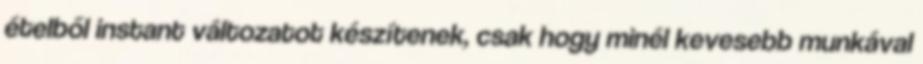
ételből instant változatot készítenek, csak hogy minél kevesebb munkával